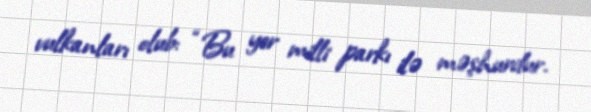
vulkanları olub: “Bu yer milli parkı ilə məşhurdur.